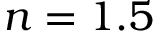
n = 1 . 5